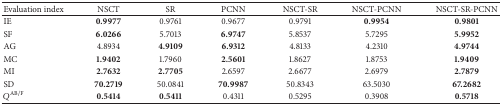
<table><thead><tr><td><b>Evaluation index</b></td><td><b>NSCT</b></td><td><b>SR</b></td><td><b>PCNN</b></td><td><b>NSCT-SR</b></td><td><b>NSCT-PCNN</b></td><td><b>NSCT-SR-PCNN</b></td></tr></thead><tbody><tr><td>IE</td><td><b>0.9977</b></td><td>0.9761</td><td>0.9677</td><td>0.9791</td><td><b>0.9954</b></td><td><b>0.9801</b></td></tr><tr><td>SF</td><td><b>6.0266</b></td><td>5.7013</td><td><b>6.9747</b></td><td>5.8537</td><td>5.7295</td><td><b>5.9952</b></td></tr><tr><td>AG</td><td>4.8934</td><td><b>4.9109</b></td><td><b>6.9312</b></td><td>4.8133</td><td>4.2310</td><td><b>4.9744</b></td></tr><tr><td>MC</td><td><b>1.9402</b></td><td>1.7960</td><td><b>2.5601</b></td><td>1.8627</td><td>1.8753</td><td><b>1.9409</b></td></tr><tr><td>MI</td><td><b>2.7632</b></td><td><b>2.7705</b></td><td>2.6597</td><td>2.6677</td><td>2.6979</td><td><b>2.7879</b></td></tr><tr><td>SD</td><td><b>70.2719</b></td><td>50.0841</td><td><b>70.9987</b></td><td>50.8343</td><td>63.5030</td><td><b>67.2682</b></td></tr><tr><td><i>Q</i><sup>AB/F</sup></td><td><b>0.5414</b></td><td><b>0.5411</b></td><td>0.4311</td><td>0.5295</td><td>0.3908</td><td><b>0.5718</b></td></tr></tbody></table>